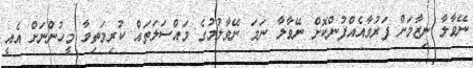
ނޭވާލާ ނިޒާމަށް ފަރުވާއެއްފުންކޮށް ނޭވާލާ ނަމަ ނޭވާލުމުގެ މައްސަލަތައް ކުރިމަތިވާ މީހުންނަށް އެއީ